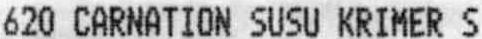
620 CARNATION SUSU KRIMER S